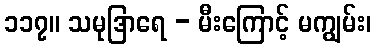
၁၁၇။ သမုဒြာရေ - မီးကြောင့် မကျွမ်း၊